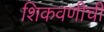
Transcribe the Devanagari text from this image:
शिकवणीची